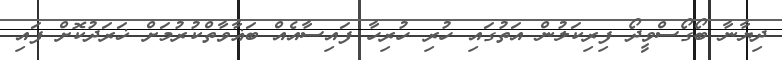
ދިޔާނާ ބޯގޯސްވީދޯ ފިރިކަލުން އަތުގައި ހުރި ހުރިހާ ފައިސާއެއް ބަޣާވާތްކުރުމަށް ޚަރަދުކޮށް ފައި